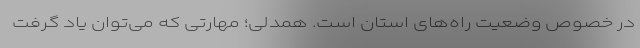
در خصوص وضعیت راه‌های استان است. همدلی؛ مهارتی که می‌توان یاد گرفت